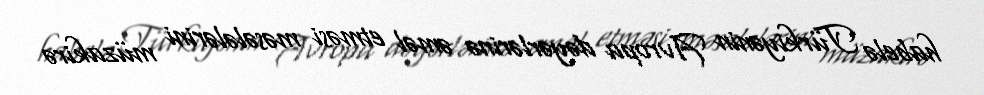
habelə Türkiyənin Avropa dəyərlərinə əməl etməsi məsələlərini müzakirə